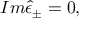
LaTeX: I m \hat { \epsilon } _ { \pm } = 0 ,